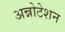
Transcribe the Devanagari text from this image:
अन्नोटेशन